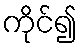
ကိုင်၍